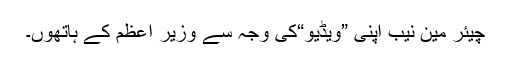
چیئر مین نیب اپنی ”ویڈیو“کی وجہ سے وزیر اعظم کے ہاتھوں۔